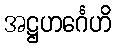
အဋ္ဌဟင်္ဂေဟိ